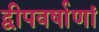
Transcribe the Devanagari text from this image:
द्वीपवर्षाणां